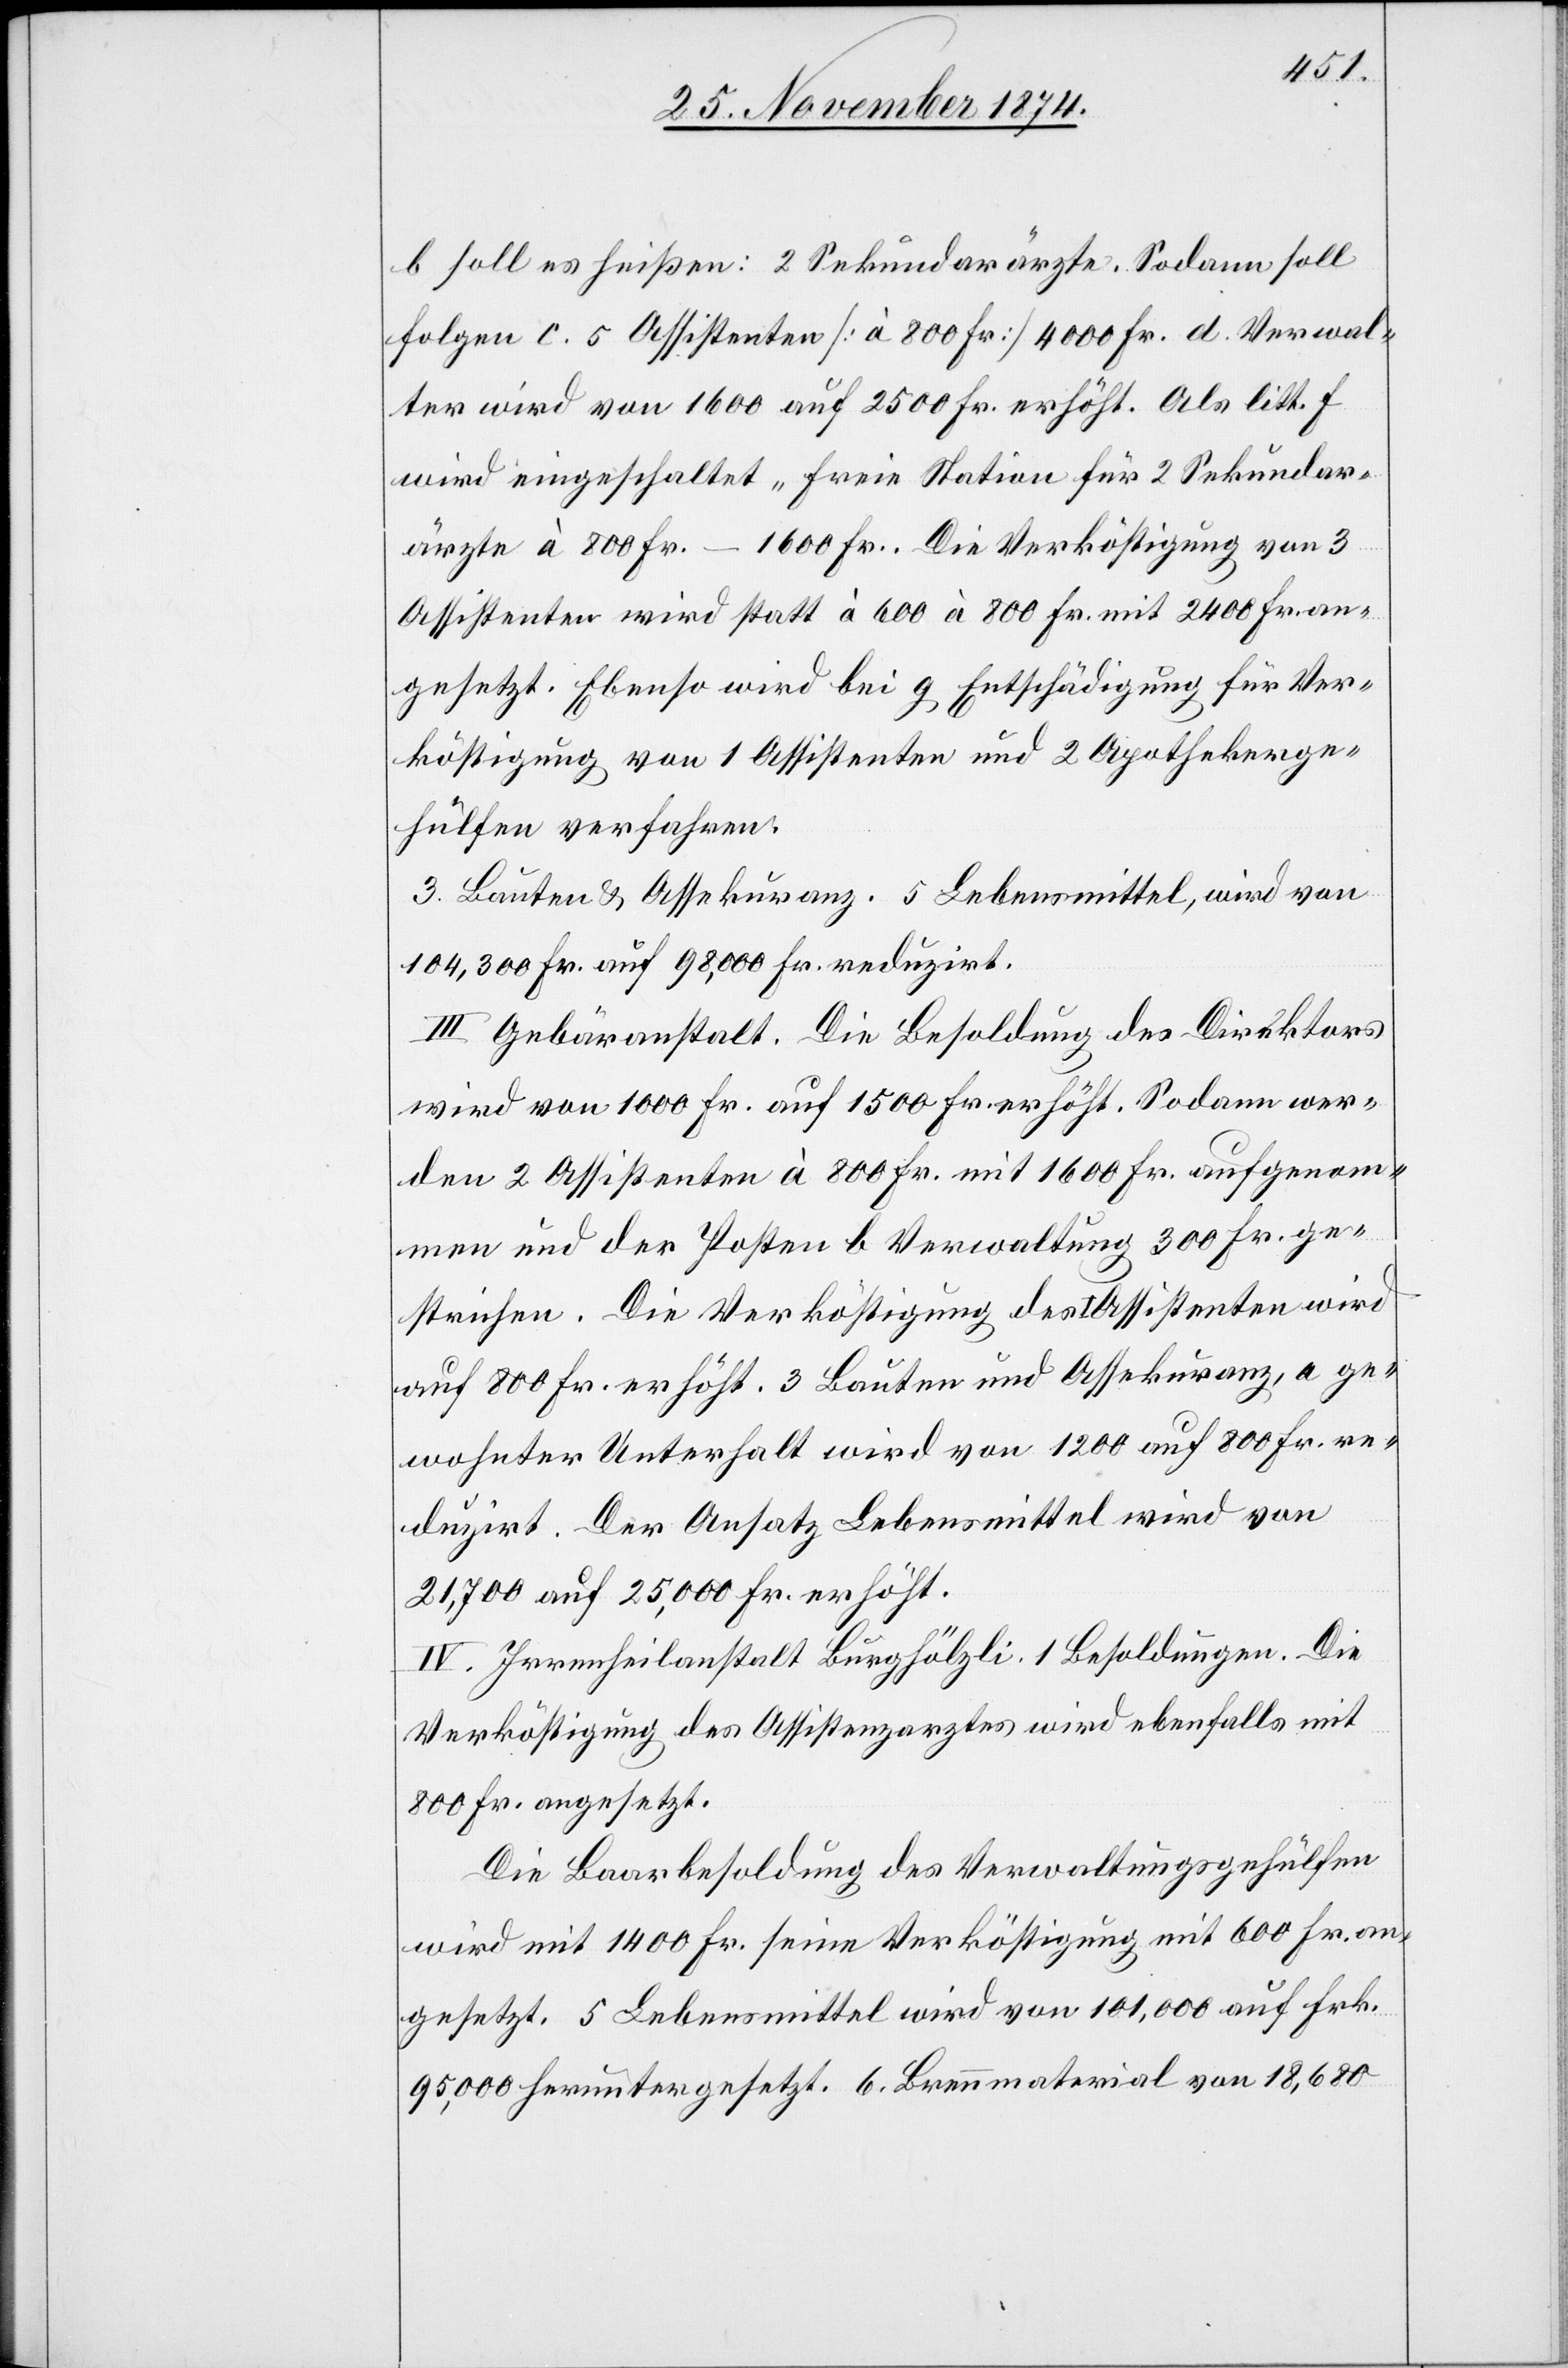
b soll es heißen: 2 Sekundarärzte. Sodann soll
folgen c. 5 Assistenten [à 800 Fr.] 4000 Fr. d. Verwal¬
ter wird von 1600 auf 2500 Fr. erhöht. Als litt. f
wird eingeschaltet „freie Station für 2 Sekundar¬
ärzte à 800 Fr.–1600 Fr. Die Verköstigung von 3
Assistenten wird statt à 600 à 800 Fr. mit 2400 Fr. an¬
gesetzt. Ebenso wird bei g Entschädigung für Ver¬
köstigung von 1 Assistenten und 2 Apothekerge¬
hülfen verfahren.
3. Bauten & Assekuranz. 5 Lebensmittel, wird von
104,300 Fr. auf 98,000 Fr. reduzirt.
III. Gebäranstalt. Die Besoldung des Direktors
wird von 1000 Fr. auf 1500 Fr. erhöht. Sodann wer¬
den 2 Assistenten à 800 Fr. mit 1600 Fr. aufgenom¬
men und der Posten b Verwaltung 300 Fr. ge¬
strichen. Die Verköstigung des I. Assistenten wird
auf 800 Fr. erhöht. 3 Bauten und Assekuranz, a ge¬
wohnter Unterhalt wird von 1200 auf 800 Fr. re¬
duzirt. Der Ansatz Lebensmittel wird von
21,700 auf 25,000 Fr. erhöht.
IV. Irrenheilanstalt Burghölzli. 1 Besoldungen. Die
Verköstigung des Assistenzarztes wird ebenfalls mit
800 Fr. angesetzt.
Die Baarbesoldung des Verwaltungsgehülfen
wird mit 1400 Fr. seine Verköstigung mit 600 Fr. an¬
gesetzt. 5 Lebensmittel wird von 101,000 auf Frk.
95,000 heruntergesetzt. 6. Brennmaterial von 18,680